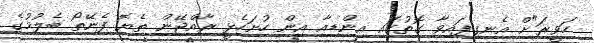
ހަވީރަ"ށް އެނގިފައިވާ ގޮތުގައި އިންޑިއާ އިން ހުށަހެޅީ ރާއްޖޭން ތެޔޮ ފެނޭތޯ ބެލުމުގެ